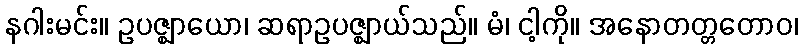
နဂါးမင်း။ ဥပဇ္ဈာယော၊ ဆရာဥပဇ္ဈာယ်သည်။ မံ၊ ငါ့ကို။ အနောတတ္တတောဝ၊